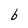
Character: b